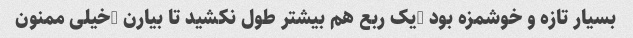
بسیار تازه و خوشمزه بود …یک ربع هم بیشتر طول نکشید تا بیارن …خیلی ممنون